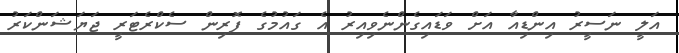
އަލީ ނަސީރު އިންޑިއާ އަށް ވަޑައިގެންނެވިއިރު އެ ގައުމުގެ ފޮރިން ސެކްރެޓަރީ ޖަޔަޝަންކަރު